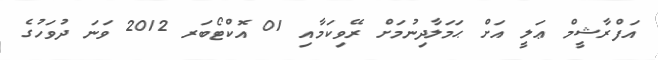
އަފްރާޝީމް ޢަލީ އަށް ޙަމަލާދިނުމަށް ރޭވިކަމާއި 01 އޮކްޓޯބަރ 2012 ވަނަ ދުވަހުގެ